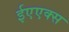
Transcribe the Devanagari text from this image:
ईएएक्स